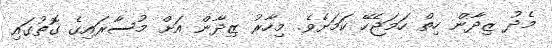
މެދު ޒިދާން ހިތް ހަމަޖެހޭ ކަމަށެވެ. މިހާރު ޒިދާން އަށް މުސާރައިގެ ގޮތުގައި